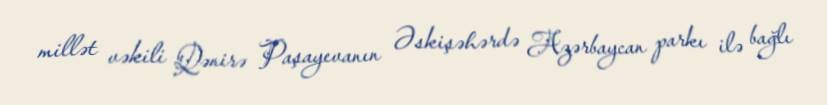
millət vəkili Qənirə Paşayevanın Əskişəhərdə Azərbaycan parkı ilə bağlı